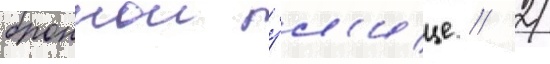
броннои у́л'ице / 2/